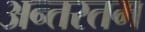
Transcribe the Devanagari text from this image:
अन्तरतम